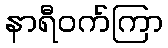
နာရီဝက်ကြာ